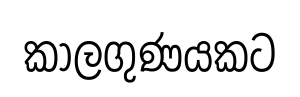
කාලගුණයකට